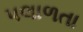
પલાળતા